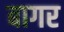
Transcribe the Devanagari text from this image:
बागर